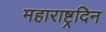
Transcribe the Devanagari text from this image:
महाराष्ट्रदिन